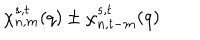
\chi _ { n , m } ^ { s , t } ( q ) \pm \chi _ { n , t - m } ^ { s , t } ( q )